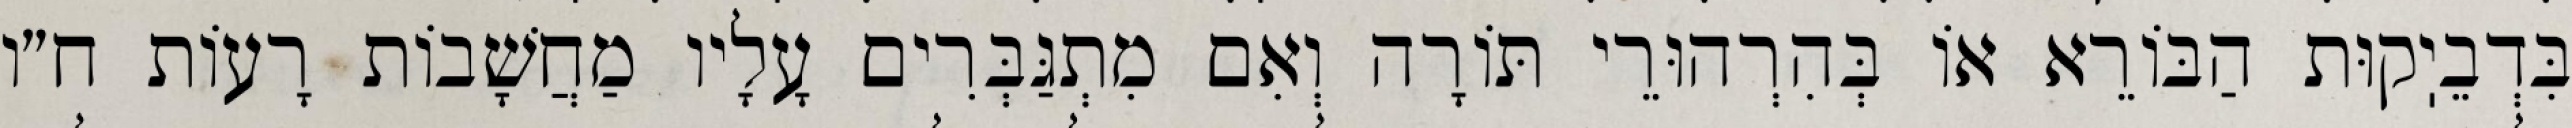
בִּדְבֵיֽקוּת הַבּוֹרֵא אוֹ בְּהִרְהוּרֵי תּוֹרָה וְאִם מִתְגַּבְּרִים עָלָיו מַחֲשָׁבוֹת רָעוֹת ח״ו